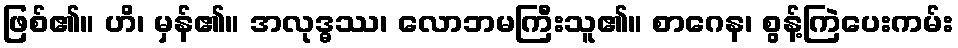
ဖြစ်၏။ ဟိ၊ မှန်၏။ အလုဒ္ဓဿ၊ လောဘမကြီးသူ၏။ စာဂေန၊ စွန့်ကြဲပေးကမ်း